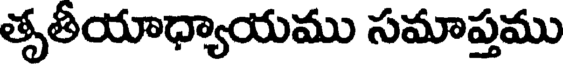
తృతీయాధ్యాయము సమాప్తము